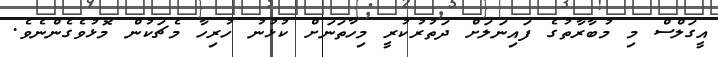
އީގަލްސް މި މުބާރާތުގެ ފައިނަލަށް ދަތުރުކުރީ މިހާތަނަށް ކުޅުނު ހުރިހާ މެޗަކުން މޮޅުވެގެންނެވެ.